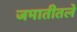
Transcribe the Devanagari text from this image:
जमातीतले